Leaving Certificate Examination, 1915
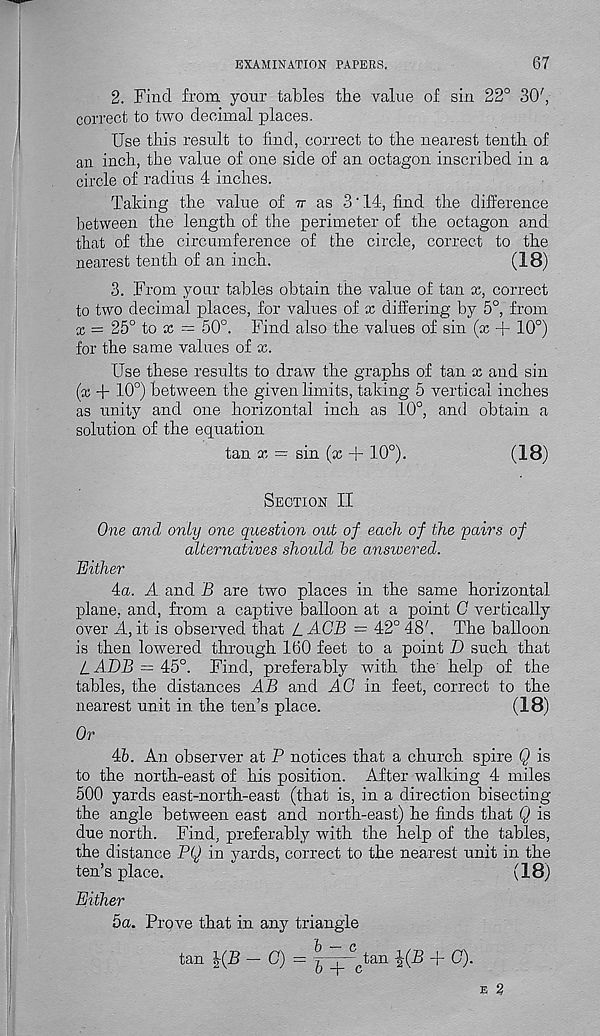
EXAMINATION PAPERS.
67
2. Find from your tables tbe value of sin 22° 30',
correct to two decimal places.
Use this result to find, correct to the nearest tenth of
an inch, the value of one side of an octagon inscribed in a
circle of radius 4 inches.
Taking the value of it as 3 ‘ 14, find the difference
between the length of the perimeter of the octagon and
that of the circumference of the circle, correct to the
nearest tenth of an inch.
(18)
3. From your tables obtain the value of tan x, correct
to two decimal places, for values of x differing by 5°, from
x = 25° to a; = 50°. Find also the values of sin (x + 10°)
for the same values of x.
Use these results to draw the graphs of tan x and sin
(x + 10°) between the given limits, taking 5 vertical inches
as unity and one horizontal inch as 10°, and obtain a
solution of the equation
tan x = sin (x + 10°).
(18)
Section II
One and only one question out of each of the pairs of
alternatives should he answered.
Either
4a. A and B are two places in the same horizontal
plane, and, from a captive balloon at a point C vertically
over A, it is observed that L.ACB = 42° 48'. The balloon
is then lowered through 160 feet to a point D such that
LADB — 45°. Find, preferably with the help of the
tables, the distances AB and A.G in feet, correct to the
nearest unit in the ten’s place.
(18)
Or
46. An observer at P notices that a church spire Q is
to the north-east of his position. After walking 4 miles
500 yards east-north-east (that is, in a direction bisecting
the angle between east and north-east) he finds that Q is
due north. Find, preferably with the help of the tables,
the distance PQ in yards, correct to the nearest unit in the
ten’s place.
(18)
Either
5a. Prove that in any triangle
tan
— O) = yq—^.tan ^(B -j- C).
e 2